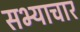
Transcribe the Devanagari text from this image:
सभ्याचार